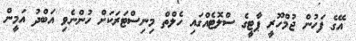
އޭގެ ފަހުން ޖުމްހޫރީ ޕާޓީގެ ސްލޮޓެއްގައި ހެލްތް މިނިސްޓަރަކަށް ހުންނެވި އަބްދު އަމީން